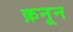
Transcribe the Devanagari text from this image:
क़नून